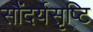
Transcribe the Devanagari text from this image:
सौंदर्यसृष्टि